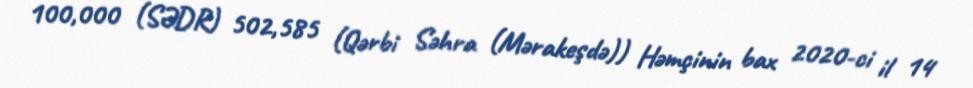
100,000 (SƏDR) 502,585 (Qərbi Səhra (Mərakeşdə)) Həmçinin bax 2020-ci il 14